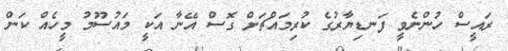
ރައީސް ހުންނެވީ ފަނޑިޔާރުގެ ކުރިމައްޗަށް ގޮސް އޭނާ އަކީ މައުސޫމު މީހެއް ކަން